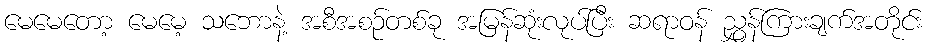
မေမေတော့ မေမေ့ သဘောနဲ့ အစီအစဉ်တစ်ခု အမြန်ဆုံးလုပ်ပြီး ဆရာဝန် ညွှန်ကြားချက်အတိုင်း